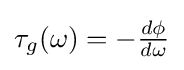
{\textstyle \tau _{g}(\omega )=-{\frac {d\phi }{d\omega }}}